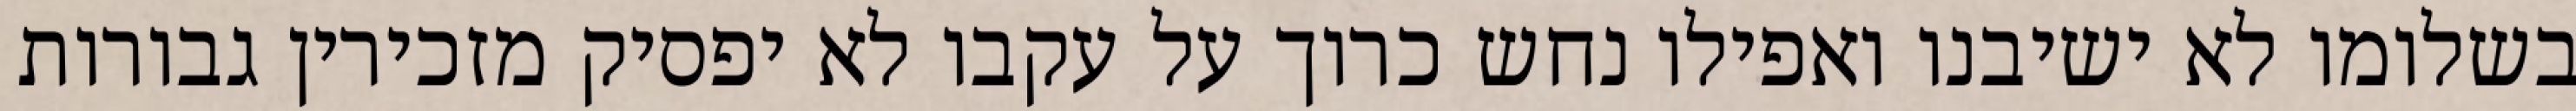
בשלומו לא ישיבנו ואפילו נחש כרוך על עקבו לא יפסיק מזכירין גבורות